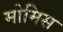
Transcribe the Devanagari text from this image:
मोमिस